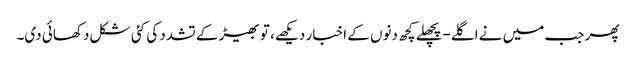
پھر جب میں نے اگلے-پچھلے کچھ دنوں کے اخبار دیکھے، تو بھیڑ کے تشدد کی کئی شکل دکھائی دی۔